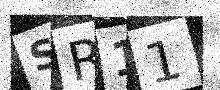
Text: SR11